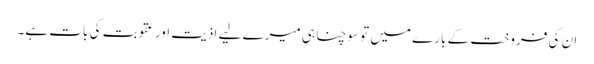
ان کی فروخت کے بارے میں تو سوچنا ہی میرے لیے اذیت اور عقوبت کی بات ہے۔